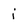
Character: j